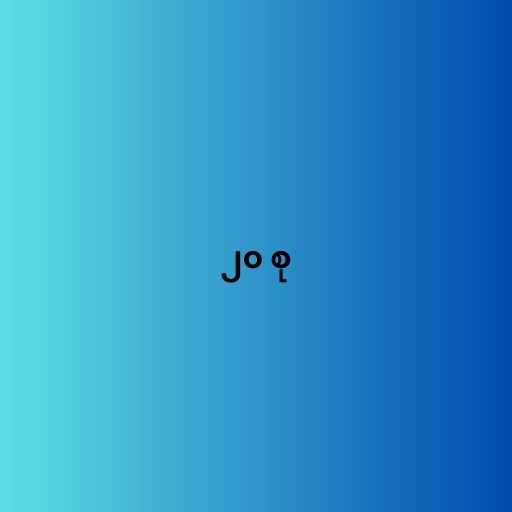
၂၀ စု